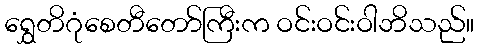
ရွှေတိဂုံစေတီတော်ကြီးက ဝင်းဝင်းဝါဘိသည်။